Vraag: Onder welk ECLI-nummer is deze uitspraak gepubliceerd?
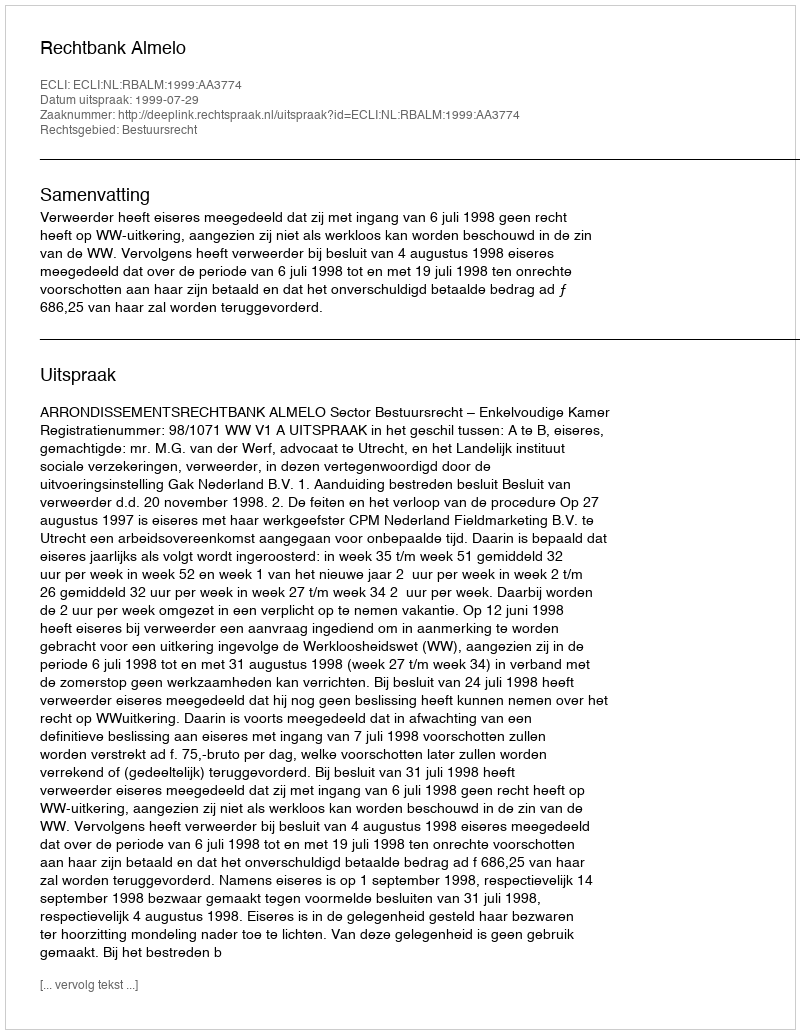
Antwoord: ECLI:NL:RBALM:1999:AA3774